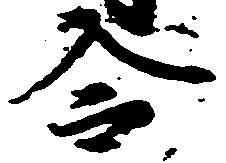
令